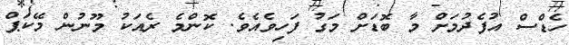
ހެޑްސް އުފެދުމަށް މާ ބޮޑަށް މަގު ފަހިވެއެވެ. ކޮންމެ ރެއަކު މޫނުން މޭކަޕް